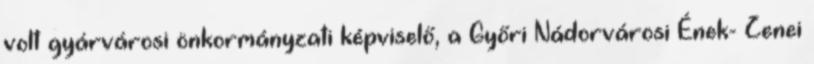
volt gyárvárosi önkormányzati képviselő, a Győri Nádorvárosi Ének- Zenei